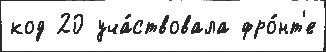
код 20 уча́ствовала фро́нт'е